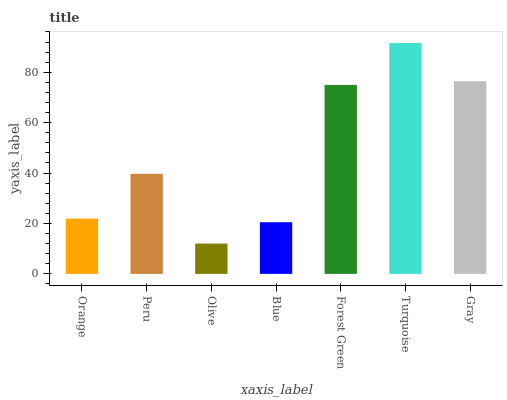
| xaxis_label | bars |
 | --- | --- |
 | Orange | 21.9 |
 | Peru | 39.7 |
 | Olive | 12 |
 | Blue | 20.5 |
 | Forest Green | 75 |
 | Turquoise | 91.6 |
 | Gray | 76.4 |